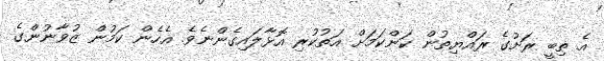
އެ ތިބީ ރަށުގެ ރައްޔިތުން ކަންކަމަށް އަތުކުރި އޮޅާލައިގެންނެވެ. އެހެން ކަމުން ޒުވާނުންގެ